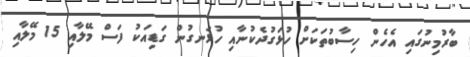
ބާރުމިނުގައި އެހެން ހިސާބުތަކަށް ހުޅަގުދެކުނާއި ހުޅަނގުން ގަޑިއަކު ފަސް މޭލާއި 15 މޭލާއި